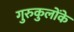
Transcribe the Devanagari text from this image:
गुरुकुलोंके